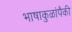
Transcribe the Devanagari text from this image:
भाषाकुळांपैकी